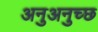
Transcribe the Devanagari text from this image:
अनुअनुच्छ